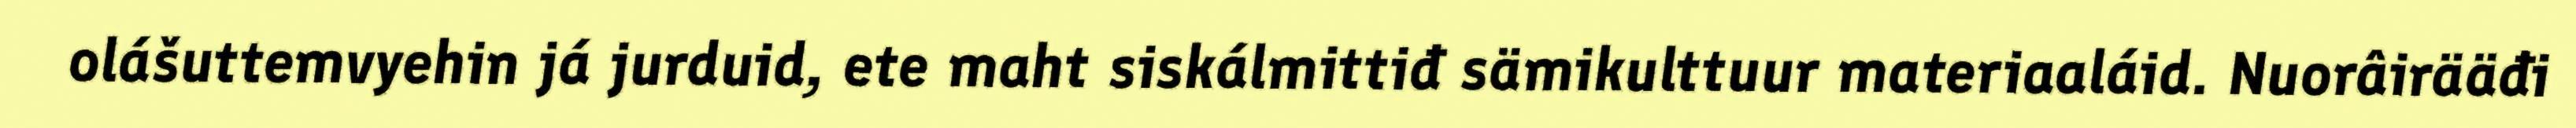
olášuttemvyehin já jurduid, ete maht siskálmittiđ sämikulttuur materiaaláid. Nuorâirääđi